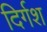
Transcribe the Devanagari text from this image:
दिर्गश